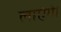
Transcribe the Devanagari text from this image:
लाएंगे।